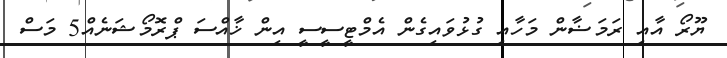
ޔޫރޯ އާއި ރަމަޟާން މަހާއި ގުޅުވައިގެން އެމްޓީސީސީ އިން ޚާއްސަ ޕްރޮމޯޝަނެއްް5 މަސް